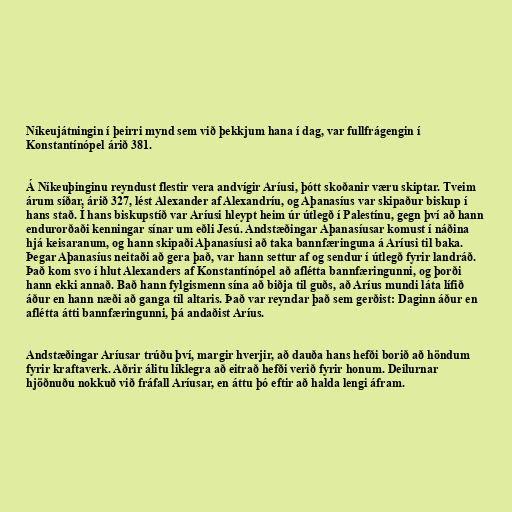
Níkeujátningin í þeirri mynd sem við þekkjum hana í dag, var fullfrágengin í
Konstantínópel árið 381.

Á Níkeuþinginu reyndust flestir vera andvígir Aríusi, þótt skoðanir væru skiptar. Tveim
árum síðar, árið 327, lést Alexander af Alexandríu, og Aþanasíus var skipaður biskup í
hans stað. Í hans biskupstíð var Aríusi hleypt heim úr útlegð í Palestínu, gegn því að hann
endurorðaði kenningar sínar um eðli Jesú. Andstæðingar Aþanasíusar komust í náðina
hjá keisaranum, og hann skipaði Aþanasíusi að taka bannfæringuna á Aríusi til baka.
Þegar Aþanasíus neitaði að gera það, var hann settur af og sendur í útlegð fyrir landráð.
Það kom svo í hlut Alexanders af Konstantínópel að aflétta bannfæringunni, og þorði
hann ekki annað. Bað hann fylgismenn sína að biðja til guðs, að Aríus mundi láta lífið
áður en hann næði að ganga til altaris. Það var reyndar það sem gerðist: Daginn áður en
aflétta átti bannfæringunni, þá andaðist Aríus.

Andstæðingar Aríusar trúðu því, margir hverjir, að dauða hans hefði borið að höndum
fyrir kraftaverk. Aðrir álitu líklegra að eitrað hefði verið fyrir honum. Deilurnar
hjöðnuðu nokkuð við fráfall Aríusar, en áttu þó eftir að halda lengi áfram.